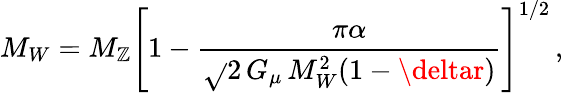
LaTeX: M_{W}=M_{\mathbb{Z}}\left[1-{\frac{{\pi\alpha}}{{\sqrt{}{2}\, G_{\mu}\, M_{W}^{2}(1-\deltar)}}}\right]^{1/2}\, ,